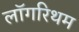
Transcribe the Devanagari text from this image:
लॉगरिथम